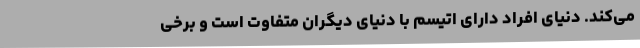
می‌کند. دنیای افراد دارای اتیسم با دنیای دیگران متفاوت است و برخی